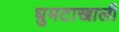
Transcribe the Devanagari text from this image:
घुमटाखाली